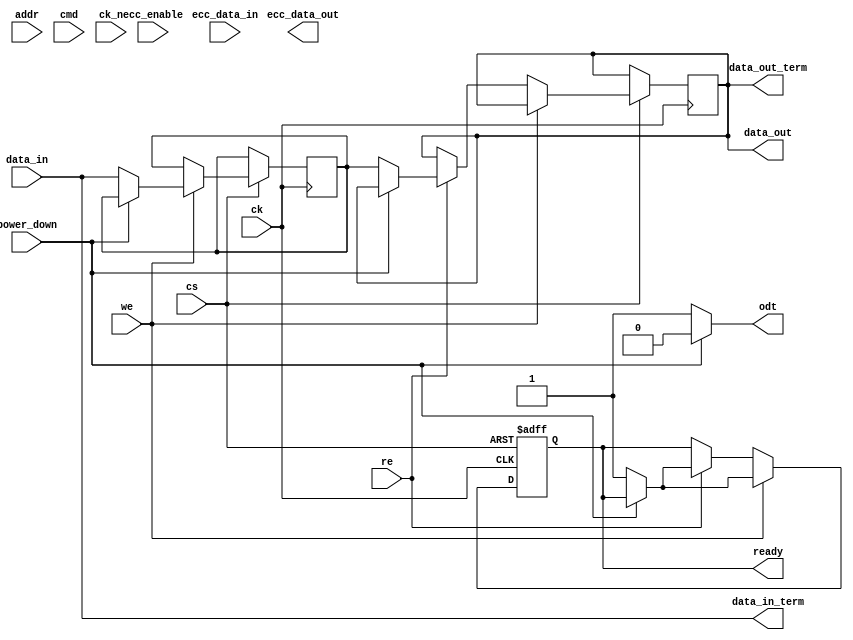
module lpDDR2_IO_Block #(
    parameter DATA_WIDTH = 32,  // Data bus width (16 or 32 bits)
    parameter ADDR_WIDTH = 16   // Address bus width
)(
    // Signal Interface
    input  wire [DATA_WIDTH-1:0] data_in,        // Data input
    output wire [DATA_WIDTH-1:0] data_out,       // Data output
    input  wire [ADDR_WIDTH-1:0] addr,           // Address input
    input  wire cmd,                               // Command input
    input  wire cs,                                // Chip Select
    input  wire we,                                // Write Enable
    input  wire re,                                // Read Enable
    input  wire ck,                                // Clock input
    input  wire ck_n,                              // Inverted Clock input

    // Power Management
    input  wire power_down,                        // Power down control
    output wire ready,                             // Ready signal

    // Error Detection and Correction
    input  wire ecc_enable,                        // ECC Enable
    input  wire [DATA_WIDTH-1:0] ecc_data_in,    // ECC data input
    output wire [DATA_WIDTH-1:0] ecc_data_out,   // ECC data output

    // Termination and Impedance Matching
    output wire odt,                               // On-die termination control
    output wire [DATA_WIDTH-1:0] data_out_term,  // Terminated data output
    output wire [DATA_WIDTH-1:0] data_in_term    // Terminated data input
);

reg [DATA_WIDTH-1:0] data_reg;
reg ready_reg;
reg [DATA_WIDTH-1:0] ecc_reg;

// Data Transfer Mechanism
always @(posedge ck or negedge cs) begin
    if (!cs) begin
        ready_reg <= 1'b0; // Not ready if chip is not selected
    end else if (we) begin
        if (!power_down) begin
            data_reg <= data_in; // Write data on clock edge
            ready_reg <= 1'b1;    // Indicate ready
        end
    end else if (re) begin
        if (!power_down) begin
            data_out <= data_reg; // Read data on clock edge
            ready_reg <= 1'b1;     // Indicate ready
        end
    end
end

// ECC Support
always @(posedge ck) begin
    if (ecc_enable) begin
        // ECC logic (simple XOR example for illustration)
        ecc_reg <= data_reg ^ ecc_data_in;
    end
end

// Output assignments
assign data_out_term = data_out; // Can add termination logic here
assign data_in_term = data_in;    // Can add termination logic here
assign odt = (power_down) ? 1'b0 : 1'b1; // Control ODT based on power down
assign ready = ready_reg;

// Initialization Sequence and Configuration Registers
// TODO: Add initialization sequence and configuration registers

endmodule